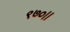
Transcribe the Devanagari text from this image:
९७०।।